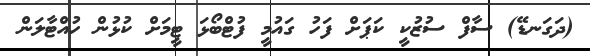
(ދަގަނޑޭ) ސާފް ސުޒުކީ ކަޕަށް ފަހު ގައުމީ ފުޓްބޯޅަ ޓީމަށް ކުޅުން ހުއްޓާލަން